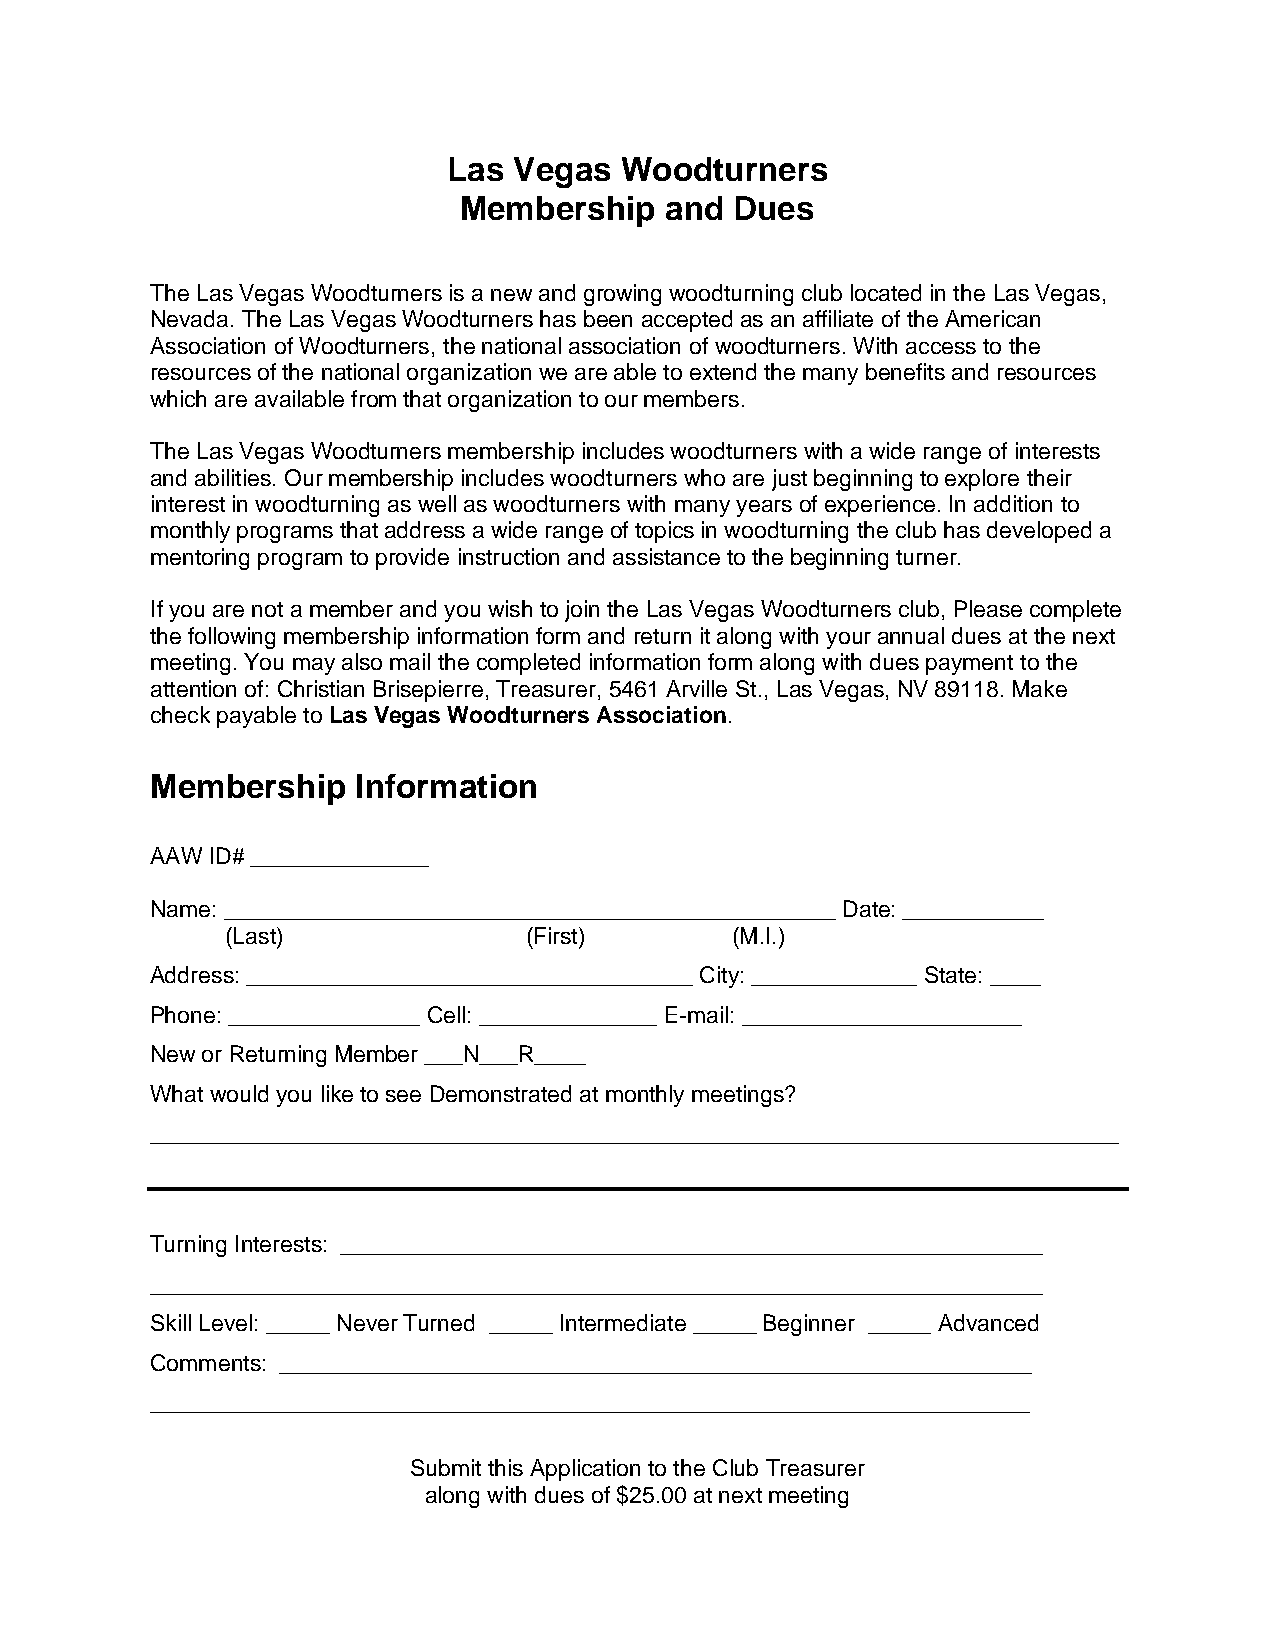
Las Vegas  Woodturners
 Membership    and  Dues
 The Las Vegas Woodturners is a new and growing woodturning club located in the Las Vegas,
 Nevada. The Las Vegas Woodturners has been accepted as an affiliate of the American
 Association of Woodturners, the national association of woodturners. With access to the
 resources of the national organization we are able to extend the many benefits and resources
 which are available from that organization to our members.
 The Las Vegas Woodturners membership includes woodturners with a wide range of interests
 and abilities. Our membership includes woodturners who are just beginning to explore their
 interest in woodturning as well as woodturners with many years of experience. In addition to
 monthly programs that address a wide range of topics in woodturning the club has developed a
 mentoring program to provide instruction and assistance to the beginning turner.
 If you are not a member and you wish to join the Las Vegas Woodturners club, Please complete
 the following membership information form and return it along with your annual dues at the next
 meeting. You may also mail the completed information form along with dues payment to the
 attention of: Christian Brisepierre, Treasurer, 5461 Arville St., Las Vegas, NV 89118. Make
 check payable to Las Vegas Woodturners Association.
 Membership    Information
 AAW ID# ______________
 Name: ________________________________________________ Date: ___________
 (Last)              (First)      (M.I.)
 Address: ___________________________________ City: _____________ State: ____
 Phone: _______________ Cell: ______________ E-mail: ______________________
 New or Returning Member ___N___R____
 What would you like to see Demonstrated at monthly meetings?
 ____________________________________________________________________________
 Turning Interests: _______________________________________________________
 ______________________________________________________________________
 Skill Level: _____ Never Turned _____ Intermediate _____ Beginner _____ Advanced
 Comments: ___________________________________________________________
 _____________________________________________________________________
 Submit this Application to the Club Treasurer
 along with dues of $25.00 at next meeting